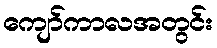
ကျော်ကာလအတွင်း